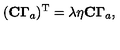
( { \bf C \Gamma } _ { a } ) ^ { \mathrm { { T } } } = \lambda \eta { \bf C \Gamma } _ { a } ,